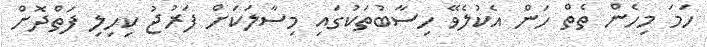
ހަމަ މިހެން ތެތް ހަން އެކުލެވޭ ހިސާބުތަކުގައި މިސާލަކަށް ފަރުޖު ކިހިލި ފަތްދޮށް